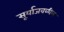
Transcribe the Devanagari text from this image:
सूर्याजवळील